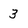
Character: 3